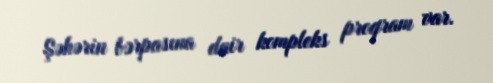
Şəhərin bərpasına dair kompleks proqram var.